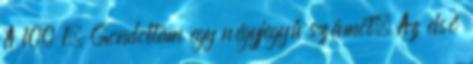
A 100 1. Gondoltam egy négyjegyű számot. Az első